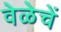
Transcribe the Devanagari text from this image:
वेळेचें